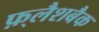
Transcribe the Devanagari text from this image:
फ़्लैशबैक